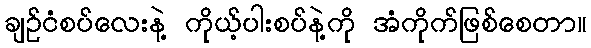
ချဉ်ငံစပ်လေးနဲ့ ကိုယ့်ပါးစပ်နဲ့ကို အံကိုက်ဖြစ်စေတာ။